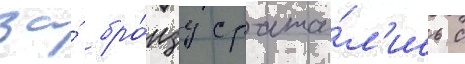
за́ бро́нзу сража́л'ись с